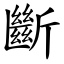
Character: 斷